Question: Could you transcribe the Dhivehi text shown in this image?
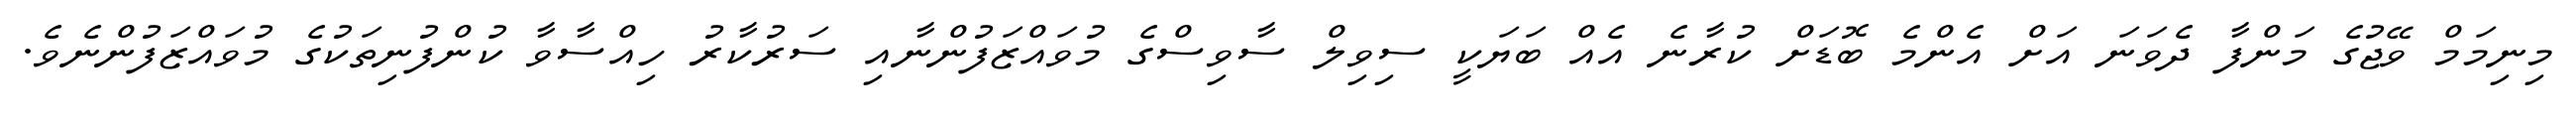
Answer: މިނިމަމް ވޭޖުގެ މަންފާ ދެވަނަ އަށް އެންމެ ބޮޑަށް ކުރާނެ އެއް ބަޔަކީ ސިވިލް ސާވިސްގެ މުވައްޒަފުންނާއި ސަރުކާރު ހިއްސާވާ ކުންފުނިތަކުގެ މުވައްޒަފުންނެވެ.